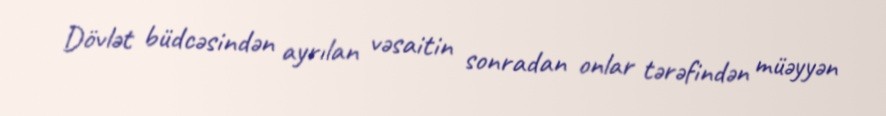
Dövlət büdcəsindən ayrılan vəsaitin sonradan onlar tərəfindən müəyyən